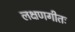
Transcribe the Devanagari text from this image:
लक्षणगीतः